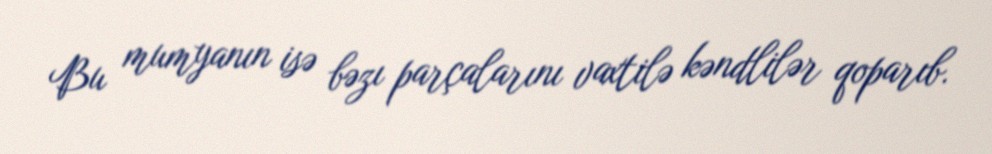
Bu mumyanın isə bəzı parçalarını vaxtilə kəndlilər qoparıb.